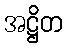
အဋ္ဌိတ